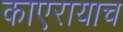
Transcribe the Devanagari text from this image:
काएरायाच